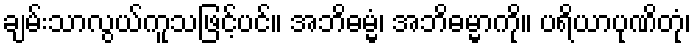
ချမ်းသာလွယ်ကူသဖြင့်ပင်။ အဘိဓမ္မံ၊ အဘိဓမ္မာကို။ ပရိယာပုဏိတုံ၊